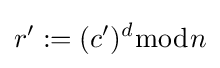
r':=(c')^{d}{\bmod {n}}